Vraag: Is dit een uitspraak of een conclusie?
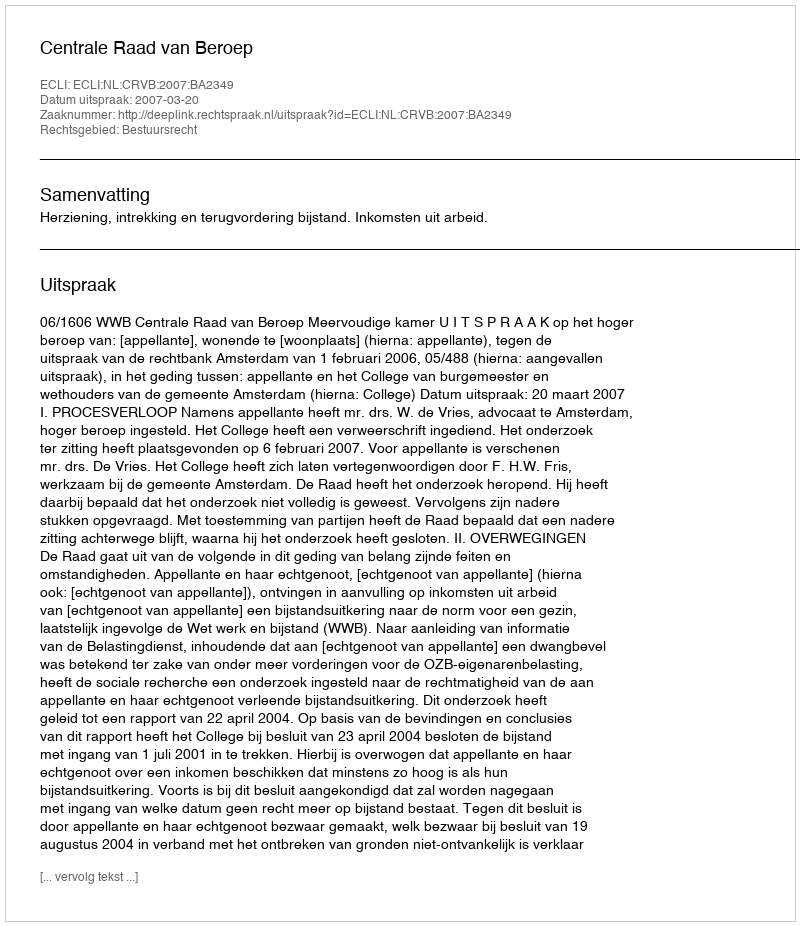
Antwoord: Uitspraak